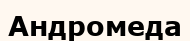
Андромеда